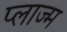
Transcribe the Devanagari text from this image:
प्लाज्म